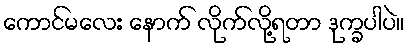
ကောင်မလေး နောက် လိုက်လို့ရတာ ဒုက္ခပါပဲ။